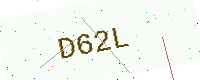
Text: D62L